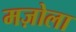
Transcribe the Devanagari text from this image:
मज़ोला